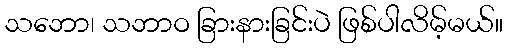
သဘော၊ သဘာဝ ခြားနားခြင်းပဲ ဖြစ်ပါလိမ့်မယ်။